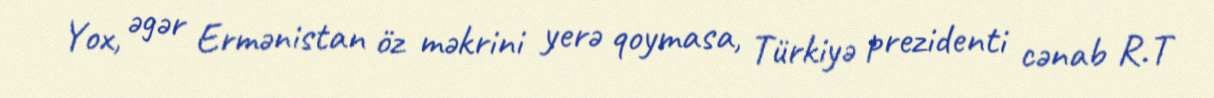
Yox, əgər Ermənistan öz məkrini yerə qoymasa, Türkiyə prezidenti cənab R.T